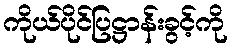
ကိုယ်ပိုင်ပြဋ္ဌာန်းခွင့်ကို